Leprosy in India: report of the Leprosy Commission in India, 1890-91
Year: 1890
Disease focus: Leprosy
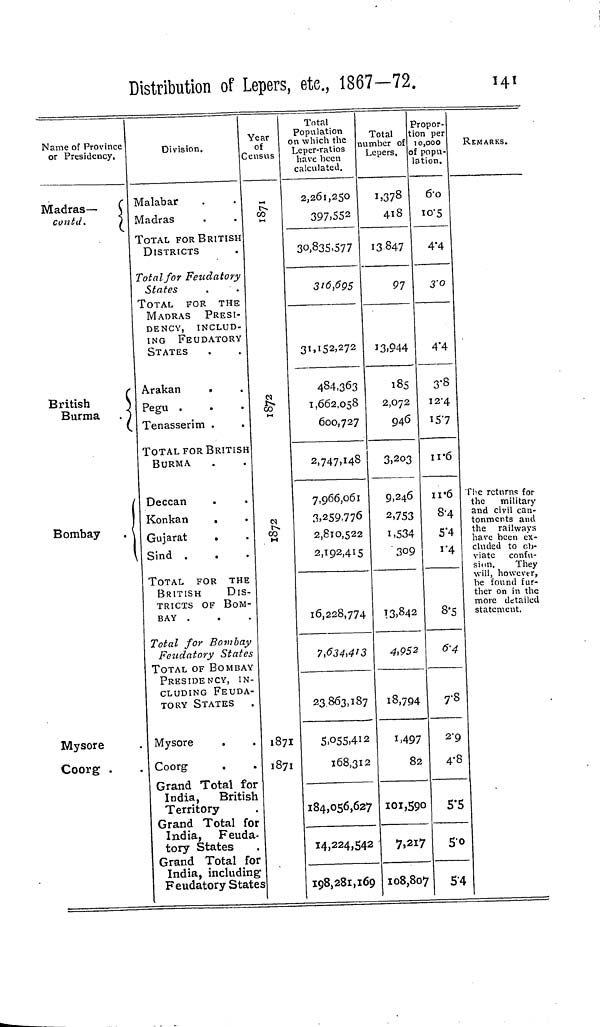
Distribution of Lepers, etc, 1867—72.
141
Name of Province
or Presidency.
Madras—
contd.
British
Burma . 1
Bombay
.
Mysore
Coorg .
Division.
Malabar
Madras
TOTAL FOR BRITISH
DISTRICTS
Total for Feudatory
States
TOTAL FOR THE
MADRAS
PRESI-
DENCY, INCLUD-
ING FEUDATORY
STATES
Arakan
.
Pegu .
Tenasserim .
.
TOTAL FOR BRITISH
BURMA
Deccan
Konkan
,
Gujarat
.
Sind .
TOTAL FOR THE
BRITISH
DIS-
TRICTS OF BOM-
BAY .
Total for Bombay
Feudatory States
TOTAL OF BOMBAY
PRESIDENCY, IN
CLUDING FEUDA-
TORY STATES
Mysore
Coorg
Grand Total for
India, British
Territory
Grand Total for
India, Feuda.
tory States
Grand Total for
India, including
Feudatory State
Year
o£
Census
r1971
1872
187I
187I
Total
Population
on which the
Leper-ratios
have been
calculated.
2,261,250
397.552
30,835,577
316,695
31,152,272
484,363
1,662,058
600,727
2,747,148
7,966,061
3»259,776
2,810,522
2,192,415
16,228,774
7,634,413
23863,187
5,055,412
168,312
184,056,627
14,224,542
198,281,169
Total
number of
Lepers,
1,378
418
13847
91
13.944
185
2,072
946
3,203
9,246
2,753
1,534
309
13,842
4,952
18,794
1,497
82
101,590
7,217
108,807
Propor-
ion per
10,000
popu-
lation.
6.0
10.5
4.4
3.0
4.4
3.8
12.4
15.7
11.6
11.6
8.4
5.4
1.4
8.5
6.4
7.8
2.9
4.8
5.5
5.0
54
REMARKS.
The return for the military
and civil can-
tonments and
the railways
have been ex-
cluded to ob-
viate
confu-
sion,
They
will, however,
be found fur-
ther on in the
more detailed
statement.